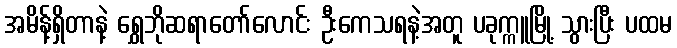
အမိန့်ရှိတာနဲ့ ရွှေဘိုဆရာတော်လောင်း ဦးကေသရနဲ့အတူ ပခုက္ကူမြို့ သွားပြီး ပထမ